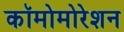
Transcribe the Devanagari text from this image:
कॉमोमोरेशन